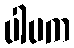
ပါပက